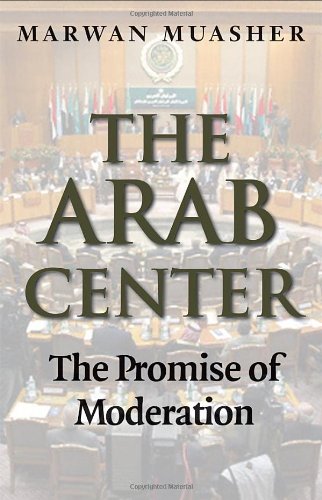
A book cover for The Arab Center: The Promise of Moderation; Marwan Muasher; History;